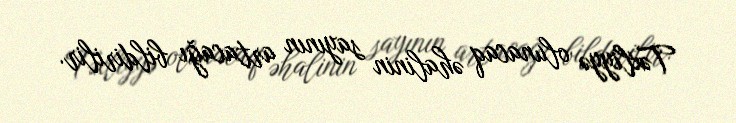
Təxliyyə olunacaq əhalinin sayının artacağı bildirilir.